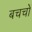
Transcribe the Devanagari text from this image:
बचचों